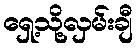
ရှေ့သို့လှမ်းချီ